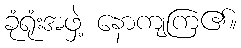
ခုံရုံးအဖှဲ့ နောကျကြ၏။